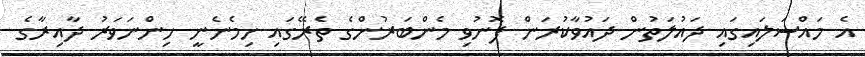
އެ މައްސަލައިގައި ދައުލަތުން ދައުވާކުރަން ފޮނުވި މެންބަރުންގެ ތެރޭގައި ހިމެނެނީ ހިންނަވަރު ދާއިރާގެ